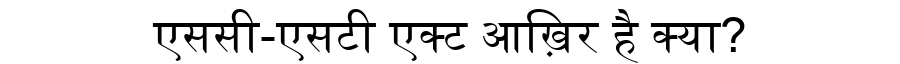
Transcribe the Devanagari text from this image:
एससी-एसटी एक्ट आख़िर है क्या?